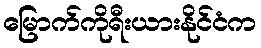
မြောက်ကိုရီးယားနိုင်ငံက